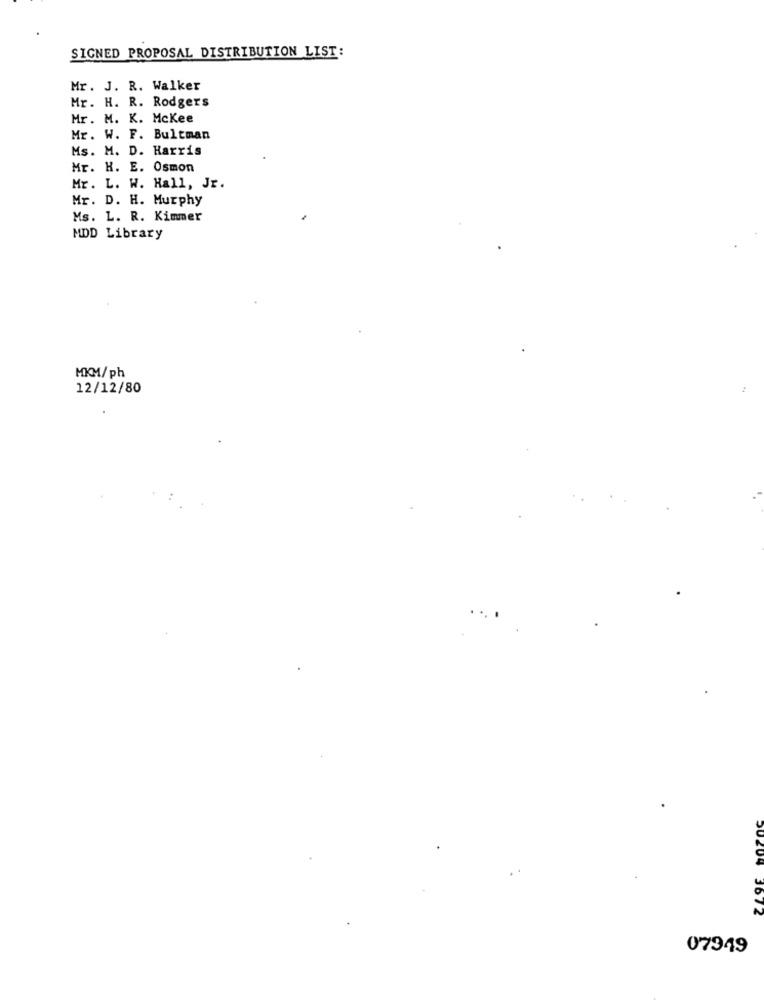
SIGNED PROPOSAL DISTRIBUTION LIST:
Mr. J. R. Walker
Mr. H. R. Rodgers
Mr. M. K. Mckee
Mr. W. F. Bultman
Ms. M. D. Harris
Mr. H. E. Osmon
Mr. L. W. Hall, Jr.
Mr. D. H. Murphy
Ms. L. R. Kimmer
MDD Library
MKM/ph
12/12/80
20204 3672
07349